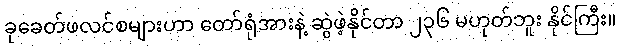
ခုခေတ်ဖလင်စများဟာ တော်ရုံအားနဲ့ ဆွဲဖဲ့နိုင်တာ ၂၃၆ မဟုတ်ဘူး နိုင်ကြီး။